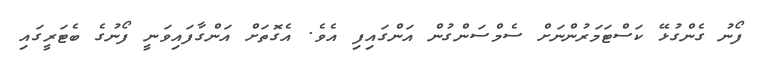
ފޯނު ގެންގުޅޭ ކަސްޓަމަރުންނަށް ސެމްސަންގުން އަންގައިފި އެވެ. އެގޮތަށް އަންގާފައިވަނީ ފޯނުގެ ބެޓަރީގައި